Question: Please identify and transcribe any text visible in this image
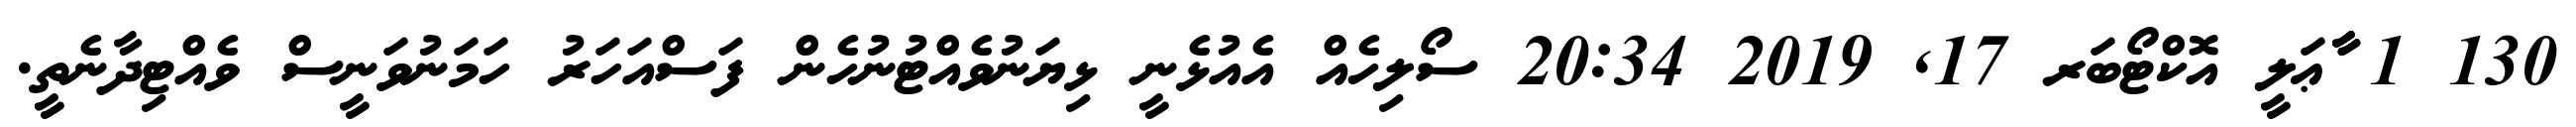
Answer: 130 1 ާާާޢަލީ އޮކްޓޯބަރ 17, 2019 20:34 ސޯލިހެއް އެއުޅެނީ ޅިޔަނުވެއްޓުނުހެން ފަސްއަހަރު ހަމަނުވަނީސް ވެއްޓިދާނެތީ.